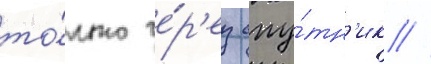
то́лько че́р'ез спу́тн'ик //